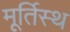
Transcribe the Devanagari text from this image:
मूर्तिस्थ